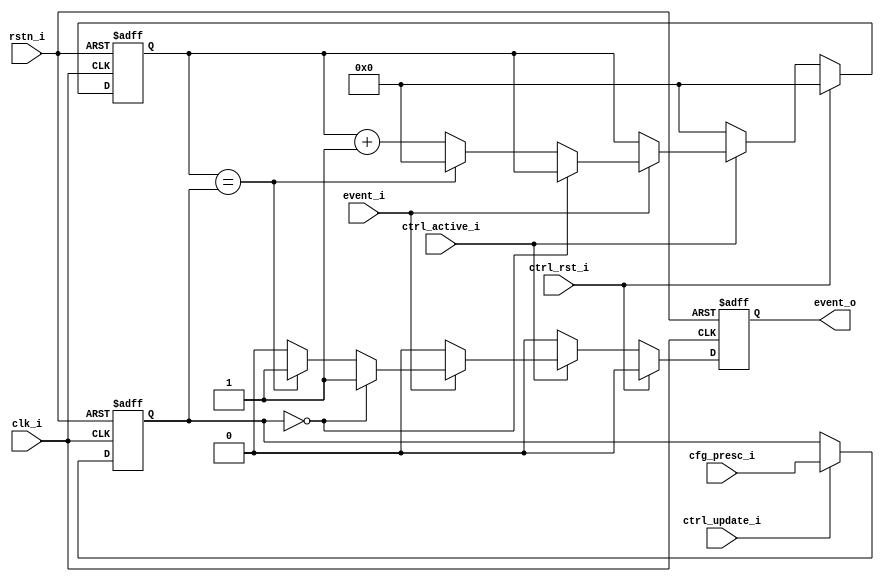
// This program was cloned from: https://github.com/huangxc6/Software_Hardware_Co-Design_24Spring
// License: MIT License

// Copyright 2018 ETH Zurich and University of Bologna.
// -- Adaptable modifications made for hbirdv2 SoC. -- 
// Copyright 2020 Nuclei System Technology, Inc.
// Copyright and related rights are licensed under the Solderpad Hardware
// License, Version 0.51 (the "License"); you may not use this file except in
// compliance with the License.  You may obtain a copy of the License at
// http://solderpad.org/licenses/SHL-0.51. Unless required by applicable law
// or agreed to in writing, software, hardware and materials distributed under
// this License is distributed on an "AS IS" BASIS, WITHOUT WARRANTIES OR
// CONDITIONS OF ANY KIND, either express or implied. See the License for the
// specific language governing permissions and limitations under the License.

module prescaler (
    input  wire       clk_i,
    input  wire       rstn_i,
    input  wire       ctrl_active_i,
    input  wire       ctrl_update_i,
    input  wire       ctrl_rst_i,
    input  wire [7:0] cfg_presc_i,
    input  wire       event_i,
    output reg        event_o
);

    reg [7:0] r_presc;
    reg [7:0] r_counter;

    always @(posedge clk_i or negedge rstn_i) begin : proc_r_presc
        if (~rstn_i)
            r_presc <= 0;
        else if (ctrl_update_i)    //if first enable or explicit update is iven
            r_presc <= cfg_presc_i;
    end


    always @(posedge clk_i or negedge rstn_i) begin : proc_r_counter
        if (~rstn_i) begin
            r_counter <= 0;
            event_o   <= 0;
	end else if (ctrl_rst_i) begin
            r_counter <= 0;
            event_o   <= 0;
	end else if (ctrl_active_i) begin
            if (event_i) begin
		if (r_presc == 0) begin
                    event_o   <= 1'b1;
		end else if (r_counter == r_presc) begin
                    event_o   <= 1'b1;
                    r_counter <= 0;
		end else begin
                    event_o   <= 1'b0;
                    r_counter <= r_counter + 1;
                end
	    end else begin
                event_o <= 1'b0;
	    end
	end else begin
            r_counter <= 0;
            event_o   <= 0;
        end
    end


endmodule